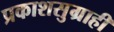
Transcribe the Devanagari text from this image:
प्रकाशसुग्राही